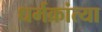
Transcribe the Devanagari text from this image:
धर्मक्रांत्या